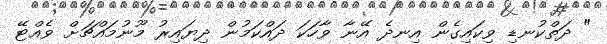
" ދަތްކުނޑި ވިކައިގެން އިނދެ އޭނާ ވާހަކަ ދައްކަމުން ދިޔައިރު މޫނުމައްޗަށް ވެއްޓޭ